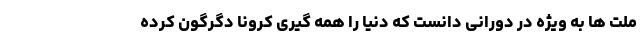
ملت ها به ویژه در دورانی دانست که دنیا را همه گیریِ کرونا دگرگون کرده